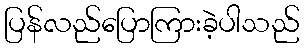
ပြန်လည်ပြောကြားခဲ့ပါသည်